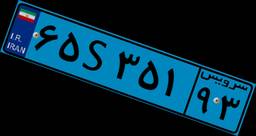
۹۰S۷۶۱۲۸